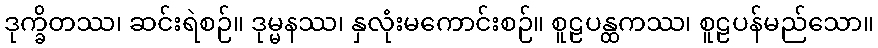
ဒုက္ခိတဿ၊ ဆင်းရဲစဉ်။ ဒုမ္မနဿ၊ နှလုံးမကောင်းစဉ်။ စူဠပန္ထကဿ၊ စူဠပန်မည်သော။